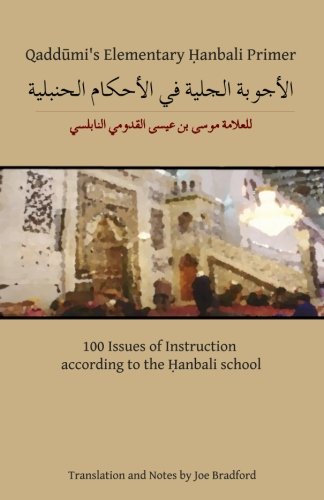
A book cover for Qaddumi's Elementary Hanbali Primer: 100 Issues of Instruction according to the Hanbali school; Joe W. Bradford; Religion & Spirituality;